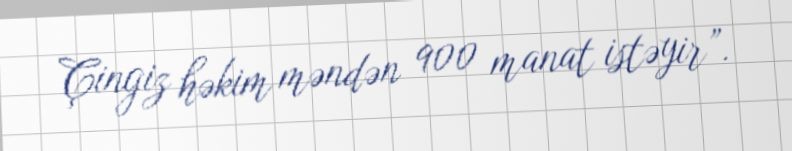
Çingiz həkim məndən 900 manat istəyir”.